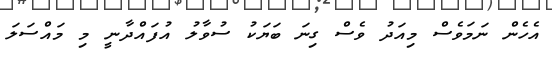
އެހެން ނަމަވެސް މިއަދު ވެސް ގިނަ ބަޔަކު ސުވާލު އުފައްދާނީ މި މައްސަލަ